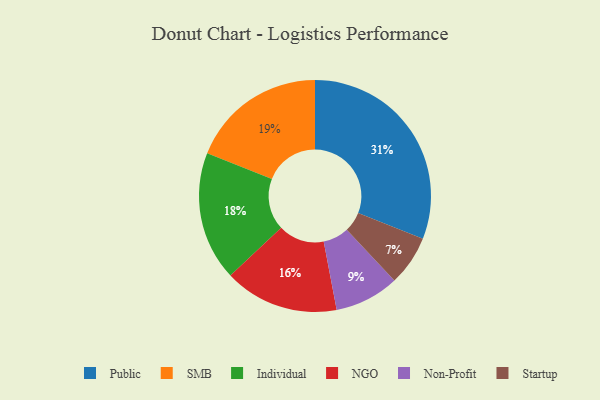
{"axis": {"x": "Category", "y": "Percentage"}, "legend": ["Individual", "NGO", "Non-Profit", "Public", "SMB", "Startup"], "data": [{"x": "Individual", "y": 18, "type": "Individual"}, {"x": "NGO", "y": 16, "type": "NGO"}, {"x": "Startup", "y": 7, "type": "Startup"}, {"x": "Public", "y": 31, "type": "Public"}, {"x": "Non-Profit", "y": 9, "type": "Non-Profit"}, {"x": "SMB", "y": 19, "type": "SMB"}]}